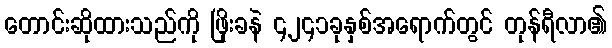
တောင်းဆိုထားသည်ကို ဖြိုးခနဲ ၄၂၄၁ခုနှစ်အရောက်တွင် တုန်ရီလာ၏